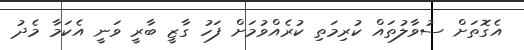
އެގޮތަށް ސުވާލުތައް ކުރިމަތި ކުރެއްވުމަށް ފަހު ގާޒީ ބާރީ ވަނީ އެކަމާ މެދު